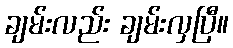
ချမ်းလည်း ချမ်းလှပြီ။